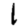
Digit: 1